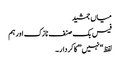
میاں جمشید
فیس بک صنف نازک اور ہم
لفظ “نہیں” کا کردار ۔